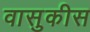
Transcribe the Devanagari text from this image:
वासुकीस